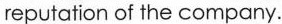
reputation of the company.